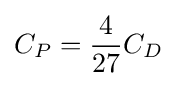
C_{P}={\frac {4}{27}}C_{D}